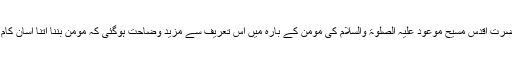
تو حضرت اقدس مسیح موعود علیہ الصلوٰۃ والسلام کی مومن کے بارہ میں اس تعریف سے مزید وضاحت ہوگئی کہ مومن بننا اتنا آسان کام نہیں۔